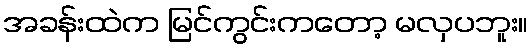
အခန်းထဲက မြင်ကွင်းကတော့ မလှပဘူး။